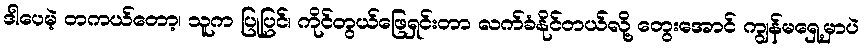
ဒါပေမဲ့ တကယ်တော့၊ သူက ပြုပြင်၊ ကိုင်တွယ်ဖြေရှင်းတာ လက်ခံနိုင်တယ်လို့ တွေးအောင် ကျွန်မရှေ့မှာပဲ